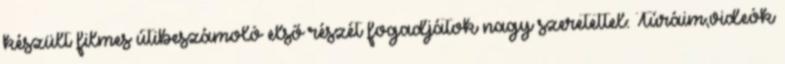
készült filmes útibeszámoló első részét fogadjátok nagy szeretettel: Túráim,videók